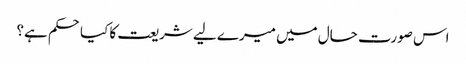
اس صورت حال میں میرے لیے شریعت کا کیاحکم ہے؟